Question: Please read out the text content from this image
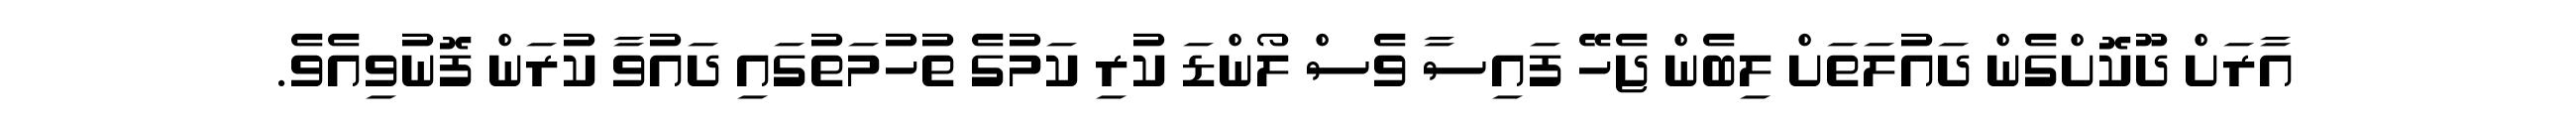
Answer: އާރަށް ދޫކޮށްގެން ދައުލަތަށް ލިބެން ޖެހޭ ފައިސާ ވެސް ލޯންޑަ ކުރި ކަމުގެ ތުހުމަތުގައި ދައުވާ ކުރަން ފޮނުވިއެވެ.